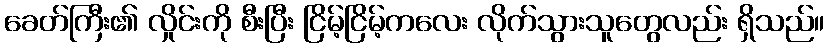
ခေတ်ကြီး၏ လှိုင်းကို စီးပြီး ငြိမ့်ငြိမ့်ကလေး လိုက်သွားသူတွေလည်း ရှိသည်။